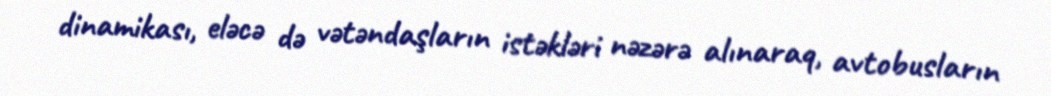
dinamikası, eləcə də vətəndaşların istəkləri nəzərə alınaraq, avtobusların